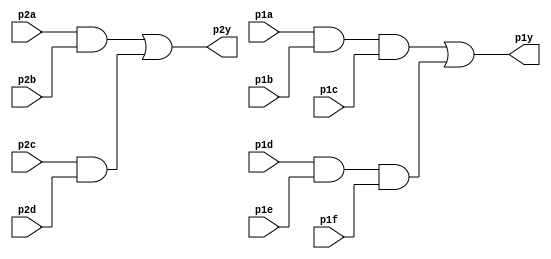
module top_module ( 
    input p1a, p1b, p1c, p1d, p1e, p1f,
    output p1y,
    input p2a, p2b, p2c, p2d,
    output p2y );
	wire p1ac;
    wire p1df;
    wire p1af;
    wire p2ab;
    wire p2cd;
    wire p2ad;
    
    assign p1ac = p1a && p1b && p1c;
    assign p1df = p1d && p1e && p1f;
    assign p1af = p1ac | p1df;
    
    assign p2ab = p2a & p2b;
    assign p2cd = p2c & p2d;
    assign p2ad = p2ab | p2cd;
    
    assign p1y = p1af;
    assign p2y = p2ad;

endmodule